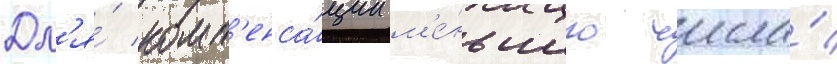
Дл'я́ комп'енса́ции м'е́ньшего числа́